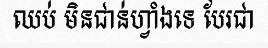
ឈប់ មិនជាន់ហ្វាំងទេ បែរជា